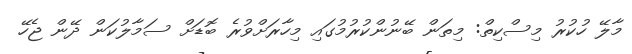
މާލޭ ހުކުރު މިސްކިތް: މިތަން ބޭނުންކުރުމުގަައި މިހާރަށްވުރެ ބޮޑަށް ސަމާލުކަން ދޭން ޖެހޭ